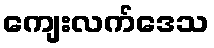
ကျေးလက်ဒေသ